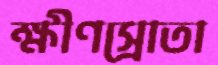
ক্ষীণস্রোতা